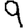
Digit: 9